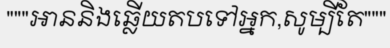
"""អាននិងឆ្លើយតបទៅអ្នក,សូម្បីតែ"""